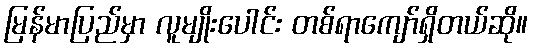
မြန်မာပြည်မှာ လူမျိုးပေါင်း တစ်ရာကျော်ရှိတယ်ဆို။